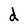
Character: d